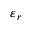
\varepsilon _ { r }